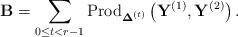
LaTeX: \begin{align*}\mathbf{B}=\sum_{0\le t<r-1}\mbox{Prod}_{\boldsymbol{\Delta}^{(t)}}\left(\mathbf{Y}^{(1)},\mathbf{Y}^{(2)}\right).\end{align*}